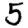
Digit: 5